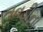
તવડીના